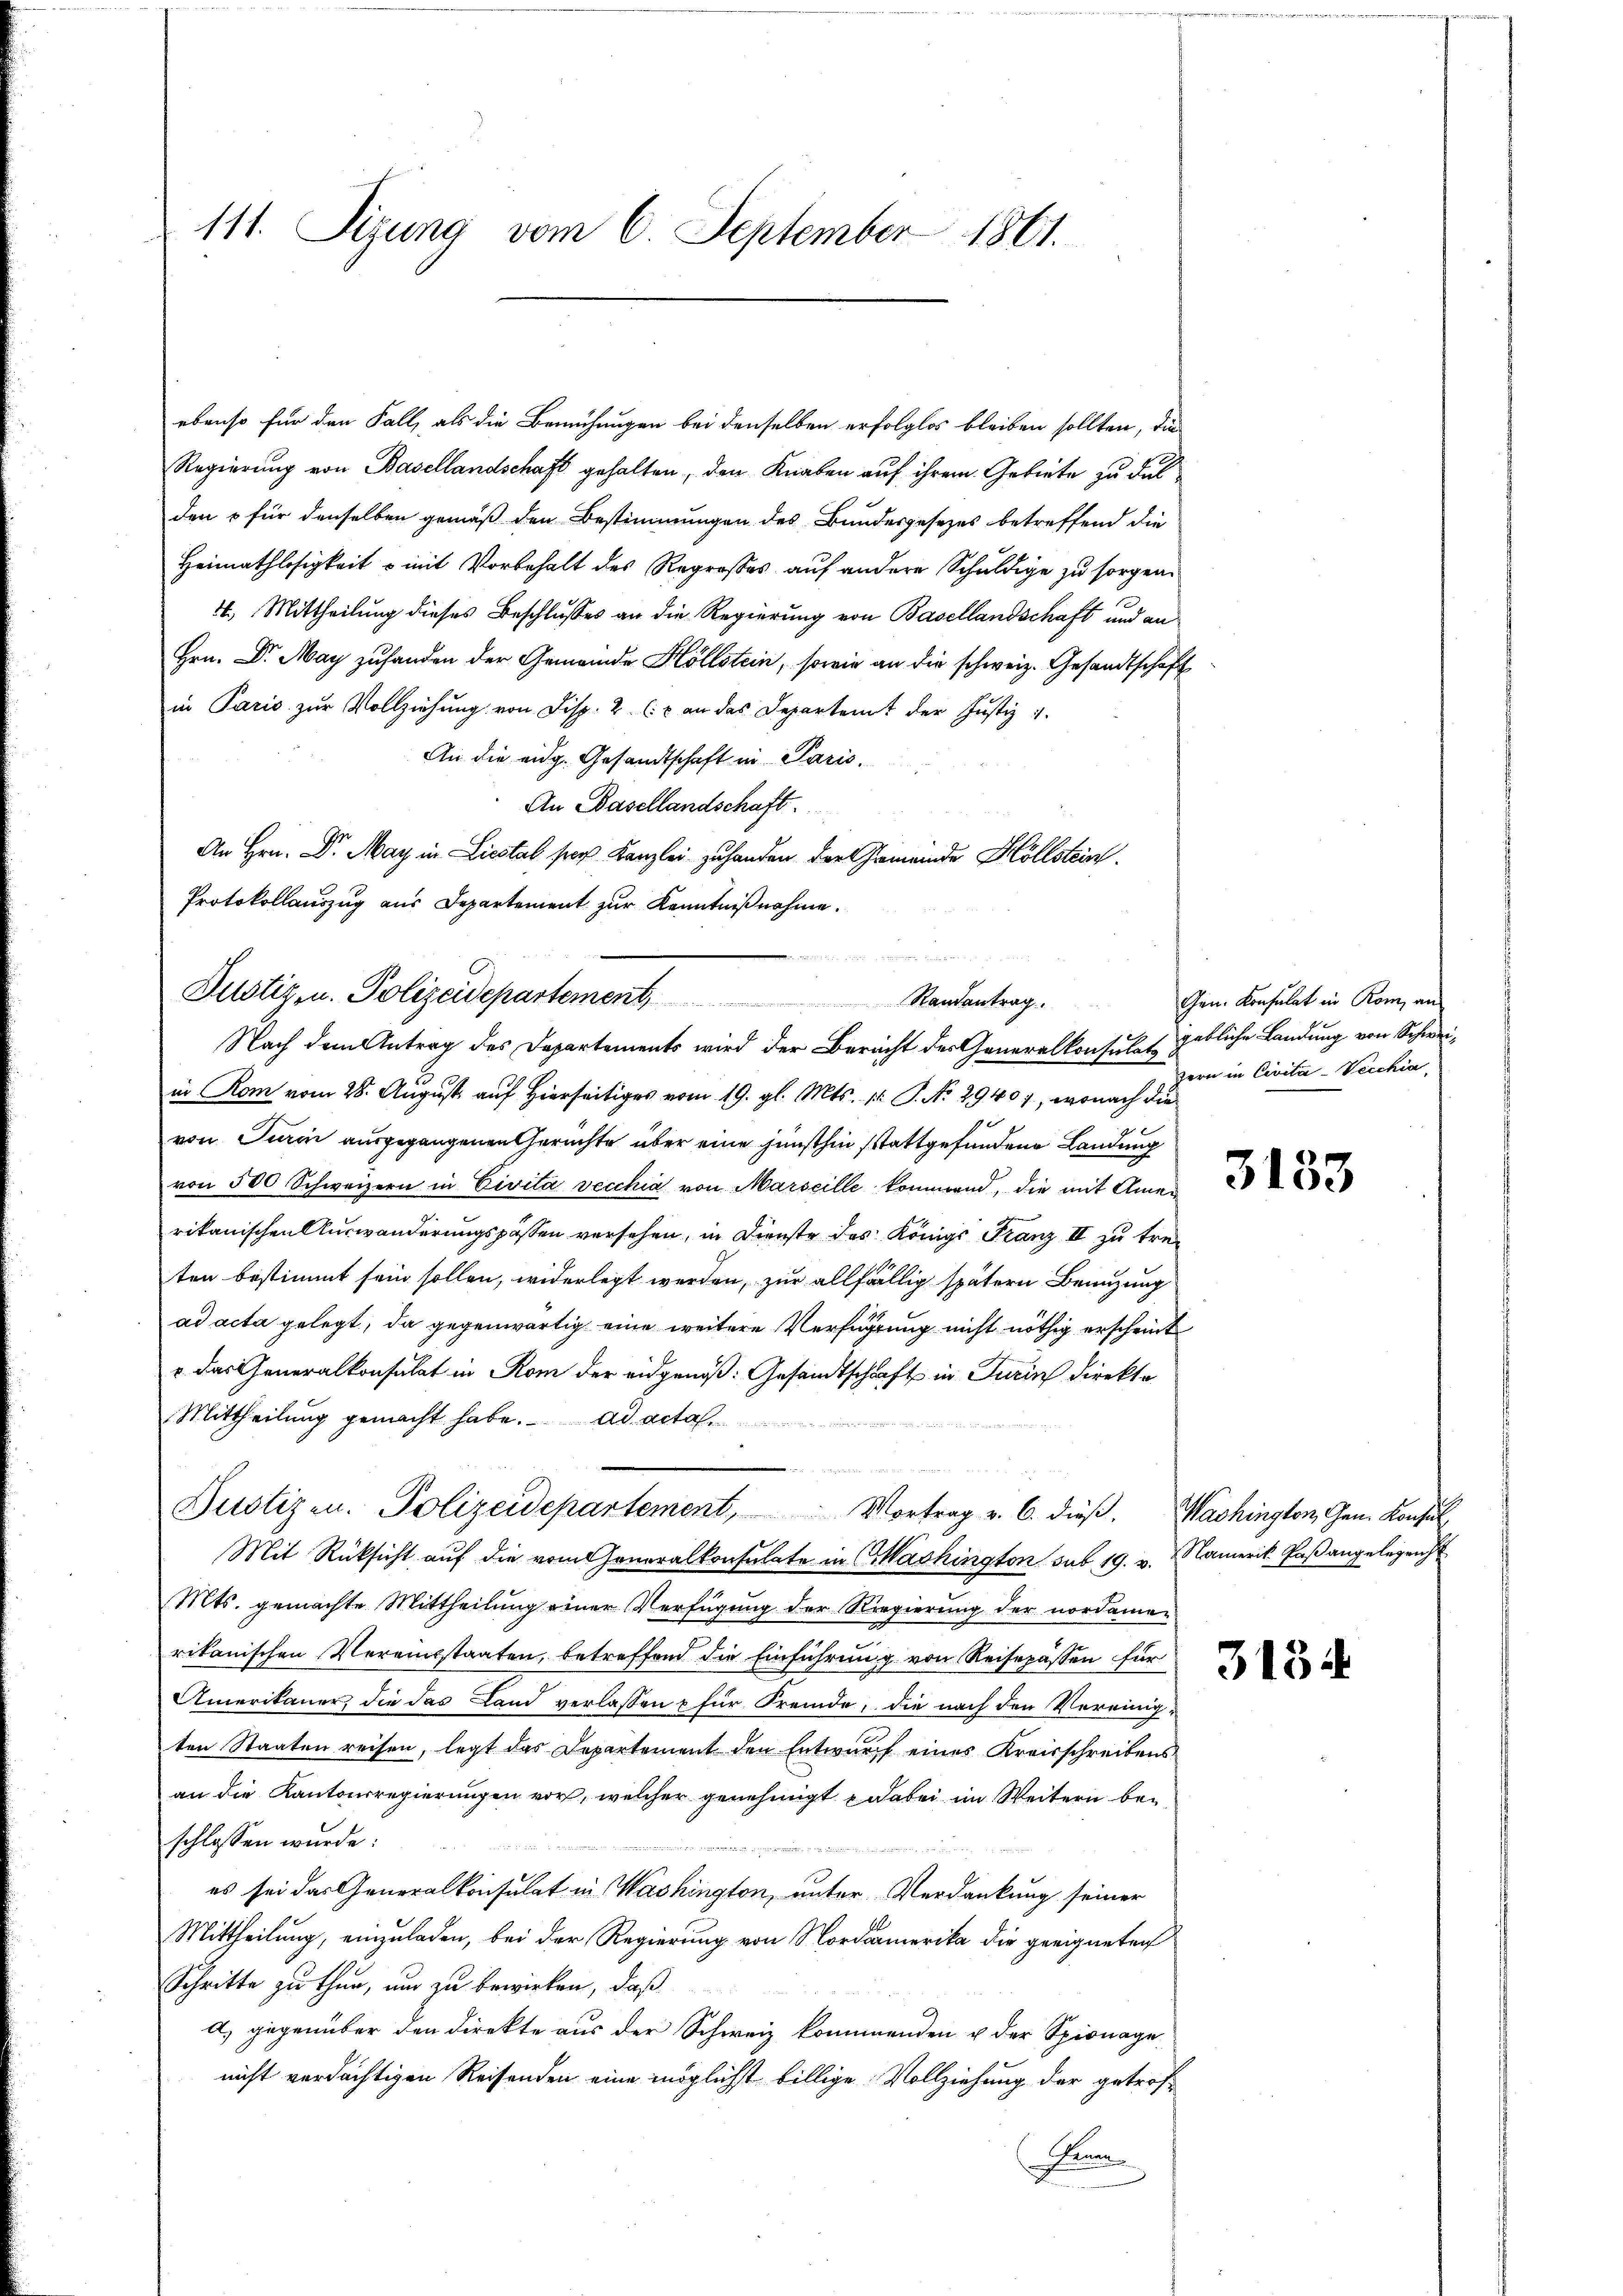
ebenso für den Fall, als die Bemühungen bei denselben erfolglos bleiben sollten, die
Regierung von Basellandschaft gehalten, den Knaben auf ihrem Gebiete zu dul
den & für denselben gemäß den Bestimmungen des Bundesgesetzes betreffend die
Heimathlosigkeit o mit Vorbehalt des Regroßes auf andere Schuldige zu sorgen.
11. Mittheilung dieses Beschlusses an die Regierung von Basellandschaft und an
Hrn. Dr. May zuhanden der Gemeinde Höllstein, sowie an die schweiz. Gesandtschaft
in Paris zur Vollziehung von Disp. 2. (: x an das Departamt der Justiz u.
An die eidg. Gesandtschaft in Paris.
An Basellandschaft.
An Hrn. Dr. May in Liestal ser Kanzlei zu handen der Gemeinde Höllstein
Protokollauszug aus Departement zur Kenntnißnahme.

111. Sizung vom 6. September 1861.

Justiz- u. Polizeidepartement, Randantrag
Nach dem Antrag des Departements wird der Berecht der Generalkonsulat gebliche Landung von Schwei¬

in Rom vom 28. August auf Hierseitiges vom 19. gl. Mts. 1t P. No 29407, wonach die
von Turin ausgegangenen Gerichte über eine junsthin stattgefundene Landung
von 500 Schweizern in Civita vecchia von Marseille kommend, die mit Amen
rikanischen Auswanderungspassen versehen, in Dienste des Königl. Franz II zu treiten bestimmt sein sollen, widerlegt werden, zur allfällig spätern Benutzung
ad acta gelegt, da gegenwärtig eine weitere Verfügung nicht nöthig erscheint
u das Generalkonsulat in Rom der eidgenoß: Gesandtschaft in Turin direkte
Mittheilung gemacht habe. ad acta
Mit Rücksicht auf die vom Generalkonsulate in Washington sub 19. v. Namerik Paßangelegenh
Mts. gemachte Mittheilung einer Verfügung der Regierung der nordamen
rikanischen Vereinsstaaten, betreffend die Einführung von Reisepässen für
Amerikaner, die das Land verlassen u für Fremde, die nach den Vereinigten Staaten reisen, legt das Departement den Entwurf eines Kreisschreibens
an die Kantonsregierungen vor, welcher genehmigt dabei im Weitern beschlossen wurde:
es sei das Generalkonsulat in Washington, unter Verdankung seiner
Mittheilung, einzuladen, bei der Regierung von Nordamerika die geeigneten
Schritte zu thun, und zu bewirken, daß
d) gegenüber den direkte aus der Schweiz kommenden & der Spionage
nicht verdächtigen Reisenden eine möglichst billige Vollziehung der getrof¬
Prune

s
Justizen. Polizeidepartement, Vortrag v. 6. dieβ. Washington, Gen. Konse

Gen. Konsulat in Rom an
zern in Civita-Vecchia

3133

3134

E